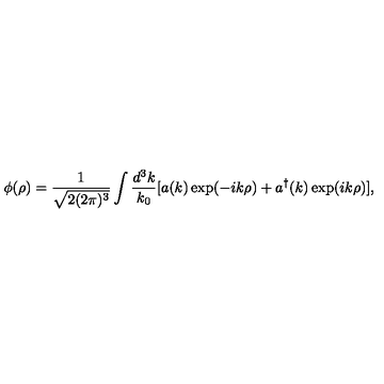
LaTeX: \phi ( \rho ) = \frac { 1 } { \sqrt { 2 ( 2 \pi ) ^ { 3 } } } \int \frac { d ^ { 3 } k } { k _ { 0 } } [ a ( k ) \exp ( - i k \rho ) + a ^ { \dagger } ( k ) \exp ( i k \rho ) ] ,